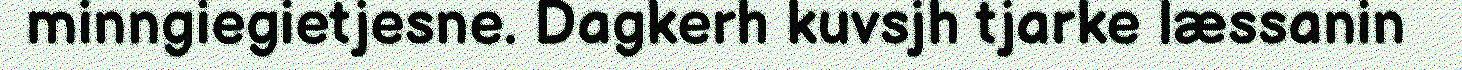
minngiegietjesne. Dagkerh kuvsjh tjarke læssanin